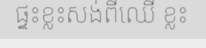
ផ្ទះខ្លះសង់ពីឈើ ខ្លះ